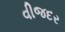
વીજદર